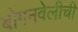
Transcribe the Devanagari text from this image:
बोगनवेलीची